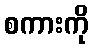
စကားကို